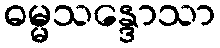
ဓမ္မသန္ဒောသာ